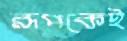
রূপকেই